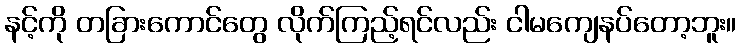
နင့်ကို တခြားကောင်တွေ လိုက်ကြည့်ရင်လည်း ငါမကျေနပ်တော့ဘူး။